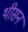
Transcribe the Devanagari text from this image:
थीसन